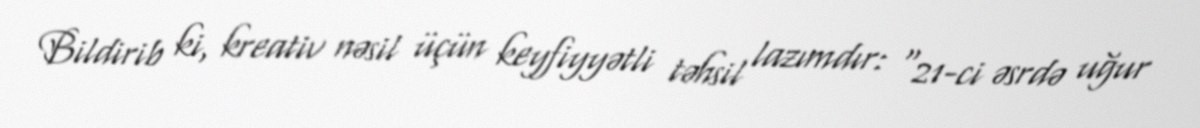
Bildirib ki, kreativ nəsil üçün keyfiyyətli təhsil lazımdır: “21-ci əsrdə uğur